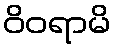
ဝိဝရာမိ